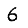
Digit: 6